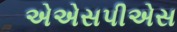
એએસપીએસ